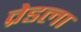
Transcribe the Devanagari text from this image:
व्रेडला